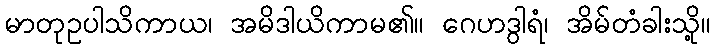
မာတုဥပါသိကာယ၊ အမိဒါယိကာမ၏။ ဂေဟဒွါရံ၊ အိမ်တံခါးသို့။